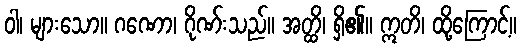
ဝါ၊ များသော။ ဂဏော၊ ဂိုဏ်းသည်။ အတ္ထိ၊ ရှိ၏။ ဣတိ၊ ထို့ကြောင့်။